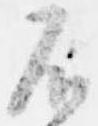
不